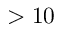
> 1 0